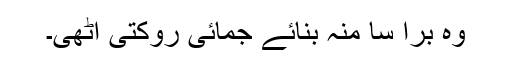
وہ برا سا منہ بنائے جمائی روکتی اٹھی۔